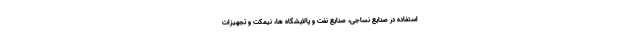
استفاده در صنایع نساجی، صنایع نفت و پالایشگاه ها، نیمکت و تجهیزات